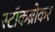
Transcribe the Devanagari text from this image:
स्‍टॉकब्रोकर